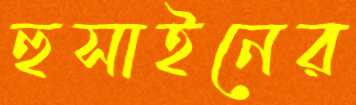
হুসাইনের